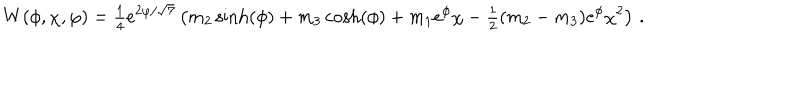
W ( \phi , \chi , \varphi ) = { \textstyle { \frac { 1 } { 4 } } } e ^ { 2 \varphi / \sqrt { 7 } } \left( m _ { 2 } \sinh ( \phi ) + m _ { 3 } \cosh ( \phi ) + m _ { 1 } e ^ { \phi } \chi - { \textstyle { \frac { 1 } { 2 } } } ( m _ { 2 } - m _ { 3 } ) e ^ { \phi } \chi ^ { 2 } \right) \, .